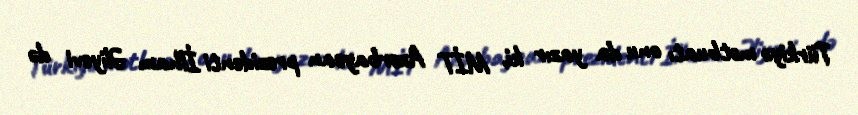
Türkiyə mətbuatı onu da yazır ki, MİT Azərbaycan prezidenti İlham Əliyevi də